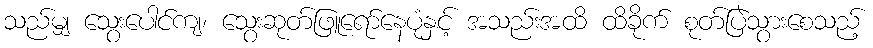
သည်မျှ သွေးပေါင်ကျ၊ သွေးဆုတ်ဖြူရော်နေပုံနှင့် အသည်းအထိ ထိခိုက် စုတ်ပြဲသွားစေသည့်